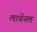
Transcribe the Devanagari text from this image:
लाचेनल